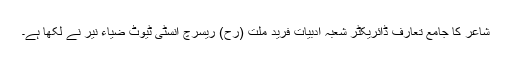
شاعر کا جامع تعارف ڈائریکٹر شعبہ ادبیات فرید ملت (رح) ریسرچ انسٹی ٹیوٹ ضیاء نیر نے لکھا ہے۔